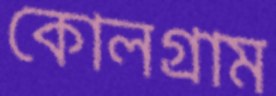
কোলগ্রাম